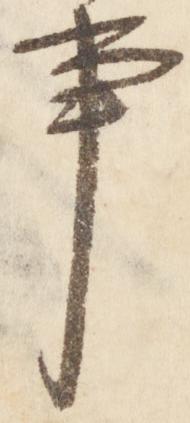
事